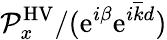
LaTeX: {\mathcal P}_{x}^{\mathrm{HV}}/(\mathrm{e}^{i\beta}\mathrm{e}^{i\overline{{k}}d})